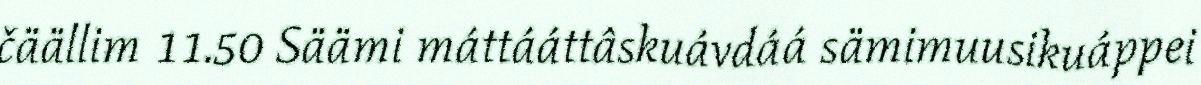
čäällim 11.50 Säämi máttááttâskuávdáá sämimuusikuáppei